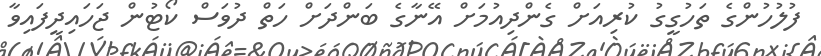
ފުލުހުންގެ ތަހުގީގު ކުރިއަށް ގެންދިއުމަށް އޭނާގެ ބަންދަށް ހަތް ދުވަސް ކޯޓުން ޖަހައިދީފައިވާ